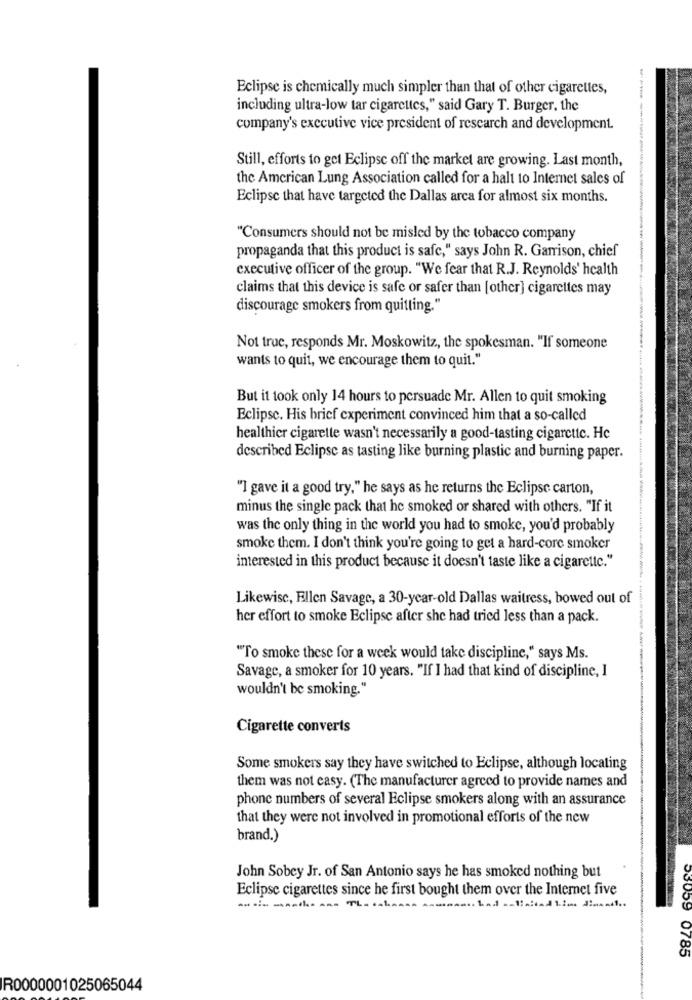
Eclipse is chemically much simpler than that of other cigarettes,
including ultra-low tar cigarettes," said Gary T. Burger, the
company's executive vice president of research and development.
Still, efforts to get Eclipse off the market are growing. Last month,
the American Lung Association called for a halt to Internet sales of
Eclipse that have targeted the Dallas arca for almost six months.
"Consumers should not be misled by the tobacco company
propaganda that this product is safe," says John R. Garrison, chief
executive officer of the group. "We fear that R.J. Reynolds' health
claims that this device is safe or safer than [other] cigarettes may
discourage smokers from quitting."
Not truc, responds Mr. Moskowitz, the spokesman. "If someone
wants to quit, we encourage them to quit."
But it took only 14 hours to persuade Mr. Allen to quit smoking
Eclipse. His brief experiment convinced him that a so-called
healthier cigarette wasn't necessarily a good-tasting cigarette. He
described Eclipse as tasting like burning plastic and burning paper.
"I gave it a good try," he says as he returns the Eclipse carton,
minus the single pack that he smoked or shared with others. "If it
was the only thing in the world you had to smoke, you'd probably
smoke them. I don't think you're going to get a hard-core smoker
interested in this product because it doesn't taste like a cigarette."
Likewise, Ellen Savage, a 30-year-old Dallas waitress, bowed out of
her effort to smoke Eclipse after she had tried less than a pack.
"To smoke these for a week would take discipline," says Ms.
Savage, a smoker for 10 years. "If I had that kind of discipline, I
wouldn't be smoking."
Cigarette converts
Some smokers say they have switched to Eclipse, although locating
them was not easy. (The manufacturer agreed to provide names and
phone numbers of several Eclipse smokers along with an assurance
that they were not involved in promotional efforts of the new
brand.)
John Sobey Jr. of San Antonio says he has smoked nothing but
Eclipse cigarettes since he first bought them over the Internet five
assin manthe ans The cakenan anunansehn anlimited Line dinaatt ..
53059
0785
R0000001025065044
-